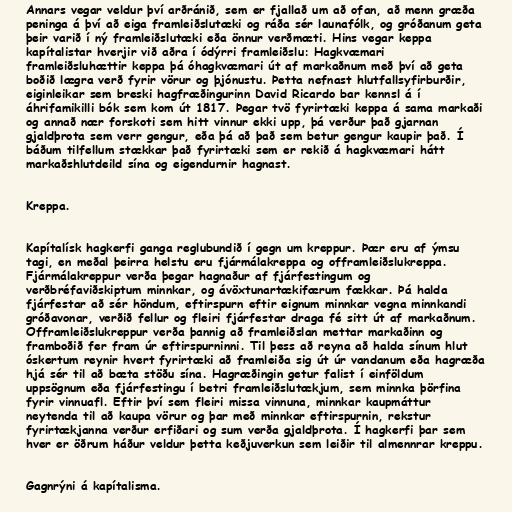
Annars vegar veldur því arðránið, sem er fjallað um að ofan, að menn græða
peninga á því að eiga framleiðslutæki og ráða sér launafólk, og gróðanum geta
þeir varið í ný framleiðslutæki eða önnur verðmæti. Hins vegar keppa
kapítalistar hverjir við aðra í ódýrri framleiðslu: Hagkvæmari
framleiðsluhættir keppa þá óhagkvæmari út af markaðnum með því að geta
boðið lægra verð fyrir vörur og þjónustu. Þetta nefnast hlutfallsyfirburðir,
eiginleikar sem breski hagfræðingurinn David Ricardo bar kennsl á í
áhrifamikilli bók sem kom út 1817. Þegar tvö fyrirtæki keppa á sama markaði
og annað nær forskoti sem hitt vinnur ekki upp, þá verður það gjarnan
gjaldþrota sem verr gengur, eða þá að það sem betur gengur kaupir það. Í
báðum tilfellum stækkar það fyrirtæki sem er rekið á hagkvæmari hátt
markaðshlutdeild sína og eigendurnir hagnast.

Kreppa.

Kapítalísk hagkerfi ganga reglubundið í gegn um kreppur. Þær eru af ýmsu
tagi, en meðal þeirra helstu eru fjármálakreppa og offramleiðslukreppa.
Fjármálakreppur verða þegar hagnaður af fjárfestingum og
verðbréfaviðskiptum minnkar, og ávöxtunartækifærum fækkar. Þá halda
fjárfestar að sér höndum, eftirspurn eftir eignum minnkar vegna minnkandi
gróðavonar, verðið fellur og fleiri fjárfestar draga fé sitt út af markaðnum.
Offramleiðslukreppur verða þannig að framleiðslan mettar markaðinn og
framboðið fer fram úr eftirspurninni. Til þess að reyna að halda sínum hlut
óskertum reynir hvert fyrirtæki að framleiða sig út úr vandanum eða hagræða
hjá sér til að bæta stöðu sína. Hagræðingin getur falist í einföldum
uppsögnum eða fjárfestingu í betri framleiðslutækjum, sem minnka þörfina
fyrir vinnuafl. Eftir því sem fleiri missa vinnuna, minnkar kaupmáttur
neytenda til að kaupa vörur og þar með minnkar eftirspurnin, rekstur
fyrirtækjanna verður erfiðari og sum verða gjaldþrota. Í hagkerfi þar sem
hver er öðrum háður veldur þetta keðjuverkun sem leiðir til almennrar kreppu.

Gagnrýni á kapítalisma.